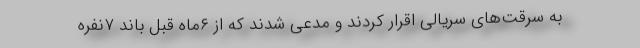
به سرقت‌های سریالی اقرار کردند و مدعی شدند که از ۶‌ماه قبل باند ۷نفره